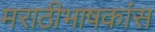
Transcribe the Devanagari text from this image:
मराठीभाषकांस